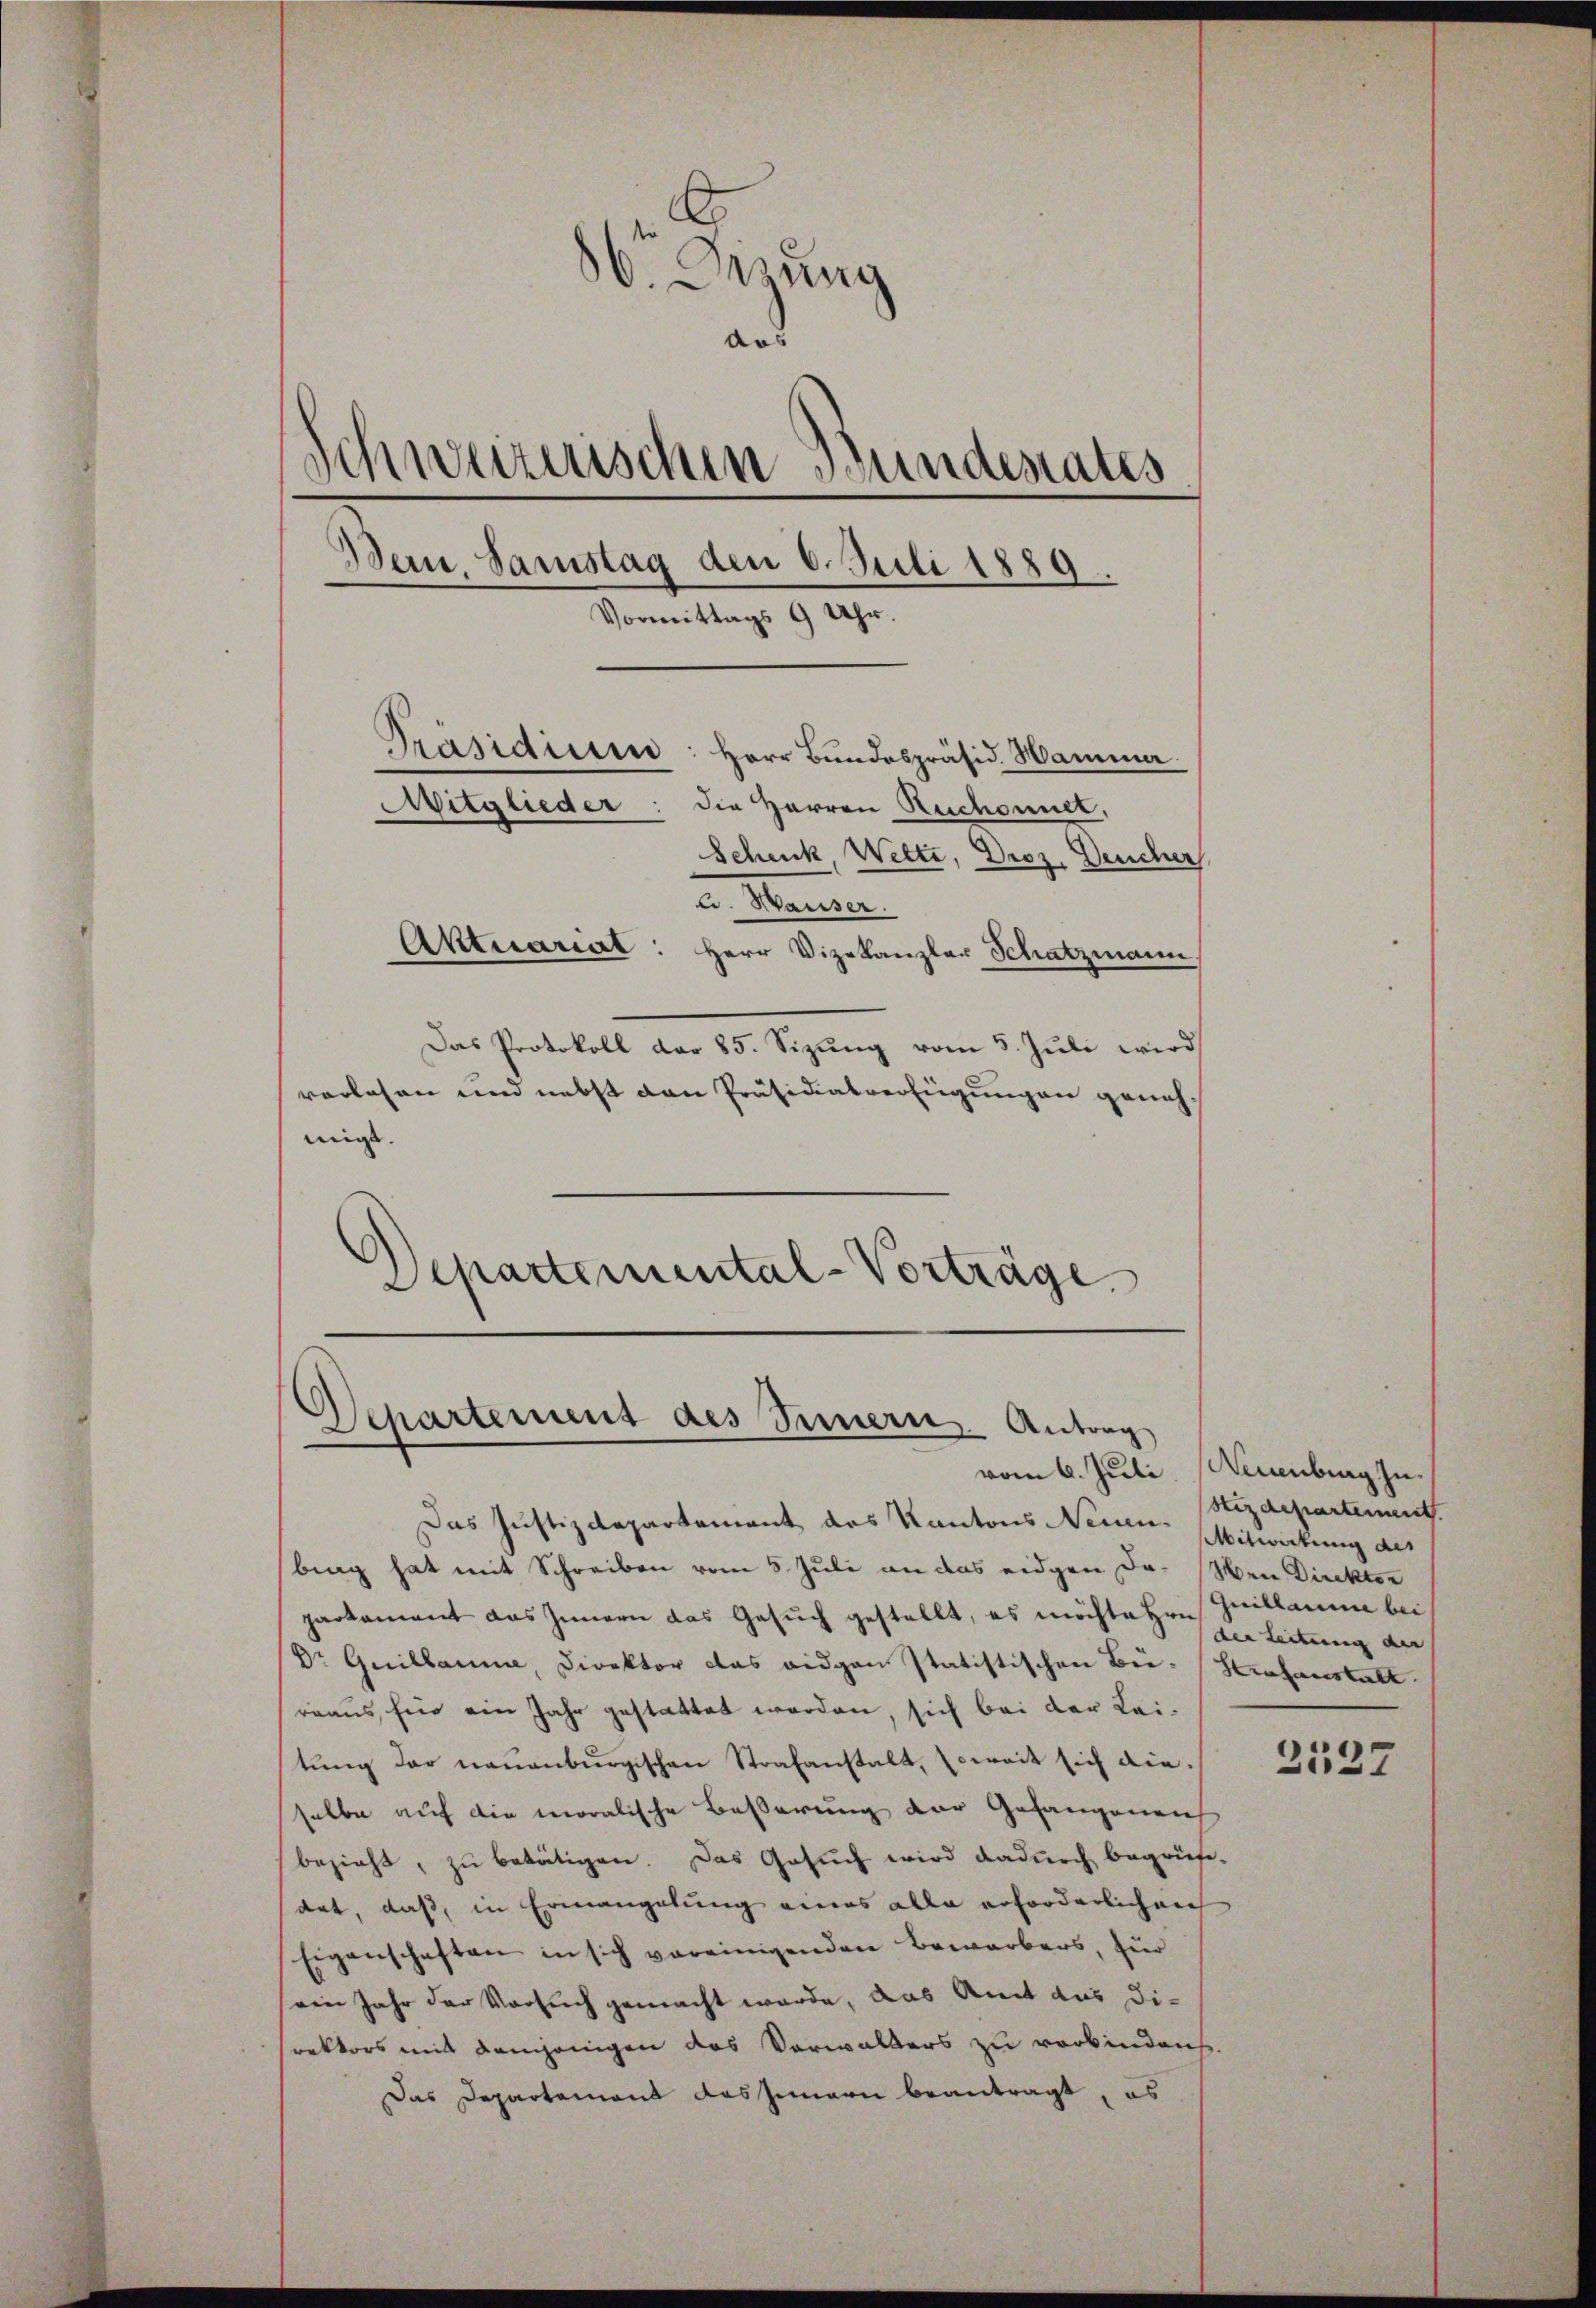
¬
d. Disung
d
Schweizerischen Bundesrates
Bern, Samstag den 6. Juli 1889.
Vormittags 9 Uhr.
Präsidiesen: Herr Bŭndespräsid. Hamme
Mitglieder: die Herren Ruchonnet,
Schenk Wetti, Droz. Deucher
C. Waiser.
Aktuarial:
Herr Vizekanzler Schatzmann.

Das Protokoll dar 85. Sizung vom 5. Juli wird
vorlesen und nebst den Präsidialverfügungen genehmigt. |
Departemental-Vorträge

Departement des Sinnern. Antrag

Das Justizdepartement des Kantons Neuen Mitwirkung des
brag hat mit Schreiben vom 5. Juli an das eidgen da. Wenn Direktor
parkament das Innern das Gesuch gestellt, es möchte Hrn. Guillamme bei
Dr Guillaume, Direktor das eidgen statistischen Bei-Strafanstalt
rraus, für ein Jahr gestattet worden, sich bei der Leitŭng der neuenburgischen Strafanstalt, Erweit sich die
selbe auf die moralische Beßerung der Gefangenen
bezieht, zŭ betätigen. Das Gesŭch wird dadŭrch begrüse-
dat, daß, in Ermangelung eines alle erforderlichen
Eigenschaften in sich vereinigenden Bewerbers, für
sein Jahr der Versuch gemacht werde, das Amt aus Direktors mit demjenigen des Verwalters zu verbindens.
Das Departement das Innern beantragt, es

vom 6. Juli. Neuenburg In¬

Stizdepartement.
der Leitung au

2527